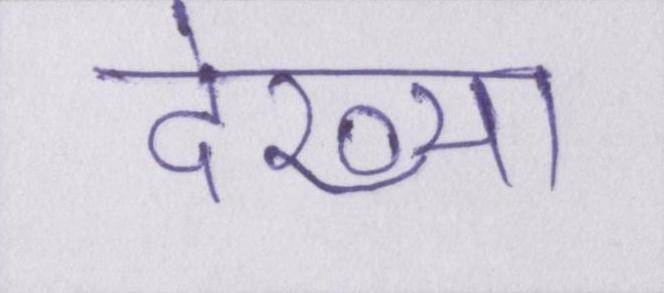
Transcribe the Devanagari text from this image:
देख्या